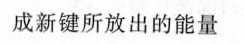
成新键所放出的能量